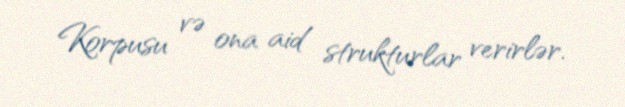
Korpusu və ona aid strukturlar verirlər.